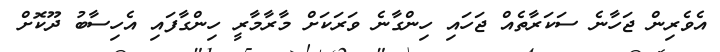
އެވެރިން ޖަހާނެ ސަކަރާތެއް ޖަހައި ހިންގާނެ ވަރަކަށް މާރާމާރީ ހިންގާފައި އެހިސާބު ދޫކޮށް